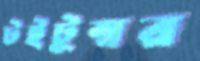
টইটুম্বর